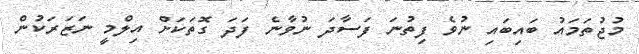
މުޖުތަމައު ބައިބައި ނުވެ ފިތުނަ ފަސާދަ ނުވާނެ ފަދަ ގޮތަކަށް އިލްމީ ނަޒަރަކުން